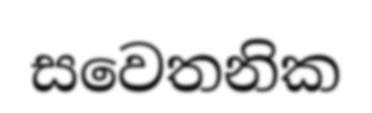
සවෙතනික